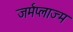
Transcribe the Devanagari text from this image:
जर्मप्लाज्म